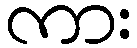
ကား